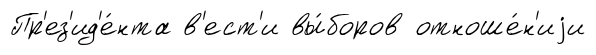
Пр'ез'ид'е́нта в'ест'и вы́боров отноше́н'иjи